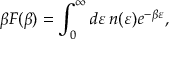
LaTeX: \beta F ( \beta ) = \int _ { 0 } ^ { \infty } d \varepsilon \, n ( \varepsilon ) e ^ { - \beta \varepsilon } ,